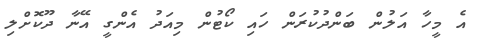
އެ މީހާ އަލުން ބަންދުކުރަން ހައި ކޯޓުން މިއަދު އެންގީ އޭނާ ދޫކޮށްލި